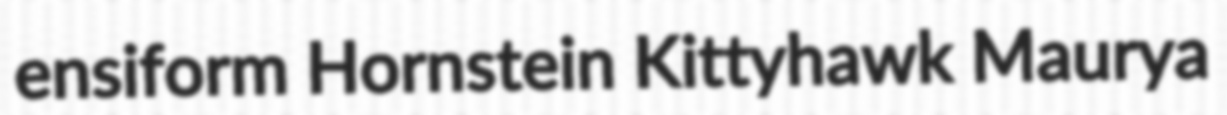
ensiform Hornstein Kittyhawk Maurya